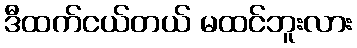
ဒီထက်ငယ်တယ် မထင်ဘူးလား